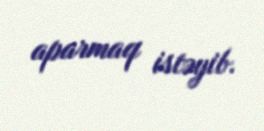
aparmaq istəyib.